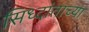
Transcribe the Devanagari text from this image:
सिध्दांताच्या